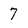
Character: 7